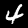
Digit: 4